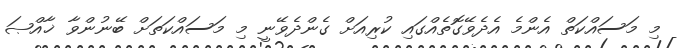
މި މަސައްކަތް އެންމެ އެދެވޭގޮތެއްގައި ކުރިއަށް ގެންދެވޭނީ މި މަސައްކަތަށް ބޭނުންވާ ޚާއްޞަ